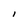
Character: l